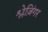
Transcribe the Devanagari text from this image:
श्लेज़िंगर